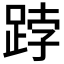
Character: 𨁝